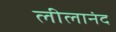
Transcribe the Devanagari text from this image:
लीलानंद